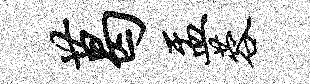
葛盂蓉